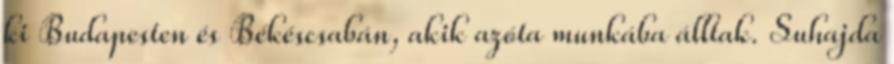
ki Budapesten és Békéscsabán, akik azóta munkába álltak. Suhajda